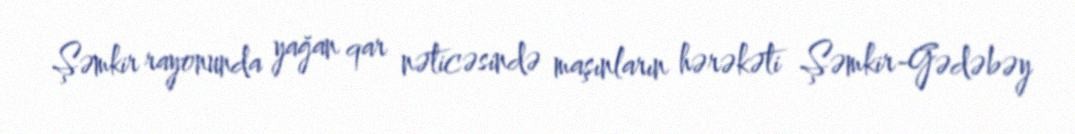
Şəmkir rayonunda yağan qar nəticəsində maşınların hərəkəti Şəmkir-Gədəbəy